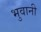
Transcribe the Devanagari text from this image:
भुवानी